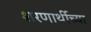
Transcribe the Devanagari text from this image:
शरणार्थीच्या